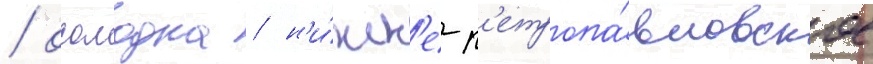
/ осолодка / н'и́жн'е-п'етропа́вловское